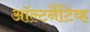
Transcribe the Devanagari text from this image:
ऑल्टर्नेटिव्ह